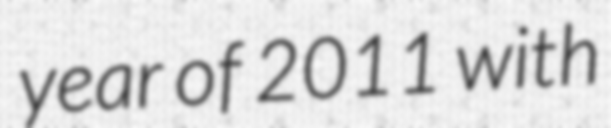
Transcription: year of 2011 with